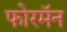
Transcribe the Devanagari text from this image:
फोरमॅन